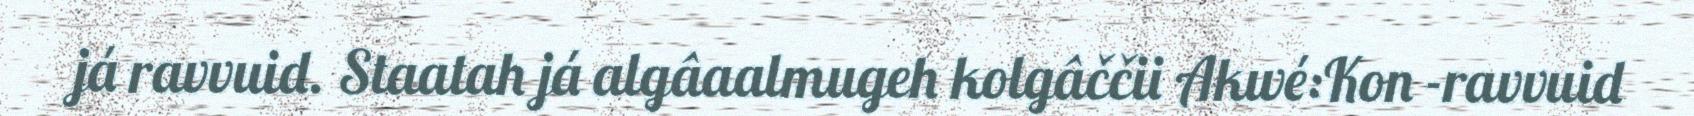
já ravvuid. Staatah já algâaalmugeh kolgâččii Akwé:Kon -ravvuid